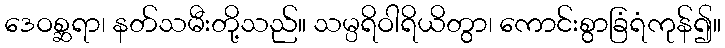
ဒေဝစ္ဆရာ၊ နတ်သမီးတို့သည်။ သမ္ပရိဝါရိယိတွာ၊ ကောင်းစွာခြံရံကုန်၍။